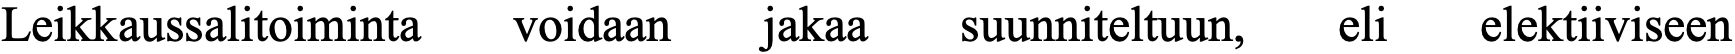
Leikkaussalitoiminta voidaan jakaa suunniteltuun, eli elektiiviseen